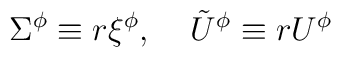
\Sigma^\phi\equiv r\xi^\phi,\;\;\;\;\tilde{U}^\phi\equiv r U^\phi